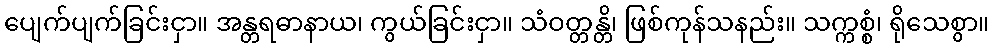
ပျေက်ပျက်ခြင်းငှာ။ အန္တရဓာနာယ၊ ကွယ်ခြင်းငှာ။ သံဝတ္တန္တိ၊ ဖြစ်ကုန်သနည်း။ သက္ကစ္စံ၊ ရိုသေစွာ။